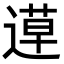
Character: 𨕡